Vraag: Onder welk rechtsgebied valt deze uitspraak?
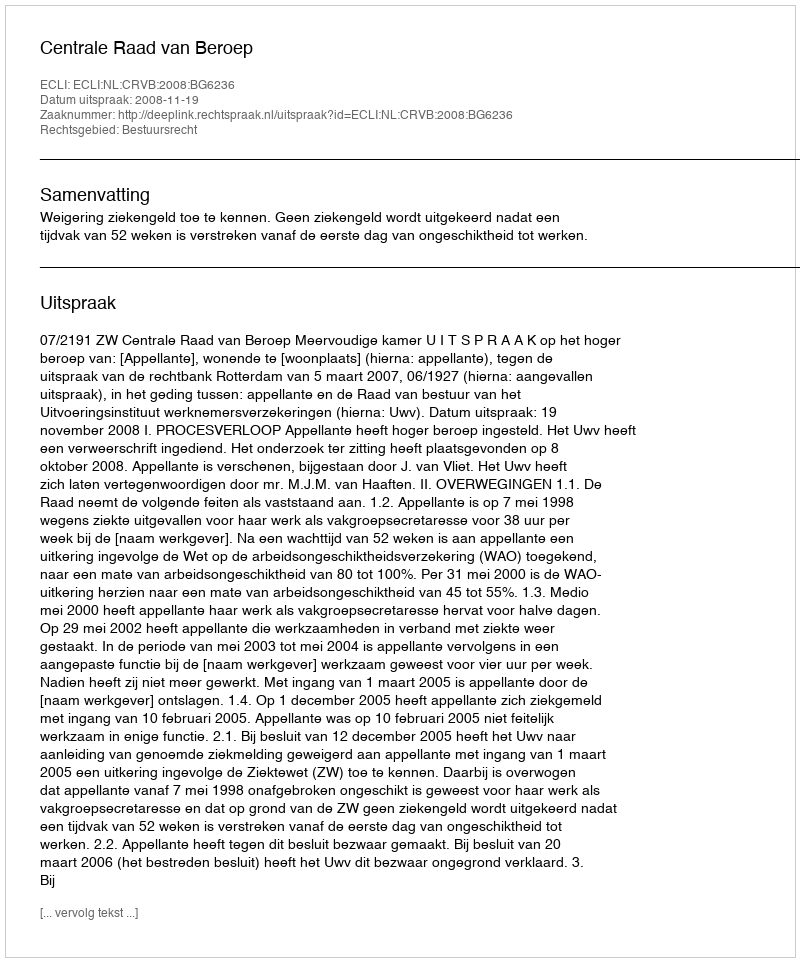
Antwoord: Bestuursrecht